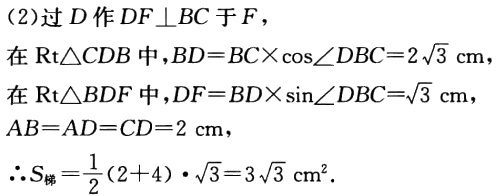
(2)过\(D\)作\(DF\perp BC\)于\(F\)，

在\(Rt\triangle CDB\)中，\(BD = BC\times\cos\angle DBC = 2\sqrt{3}\text{ cm}\)，

在\(Rt\triangle BDF\)中，\(DF = BD\times\sin\angle DBC=\sqrt{3}\text{ cm}\)，

\(AB = AD = CD = 2\text{ cm}\)，

\(\therefore S_{梯}=\frac{1}{2}(2 + 4)\cdot\sqrt{3}=3\sqrt{3}\text{ cm}^2\).